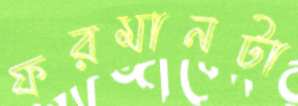
ফরমানটা